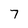
Character: 7